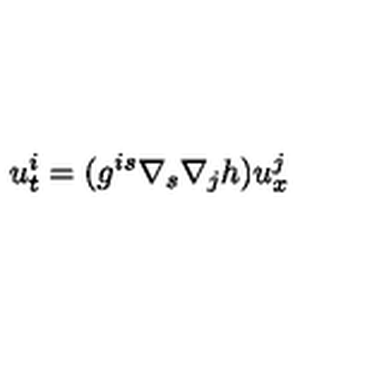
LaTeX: u _ { t } ^ { i } = ( g ^ { i s } \nabla _ { s } \nabla _ { j } h ) u _ { x } ^ { j }